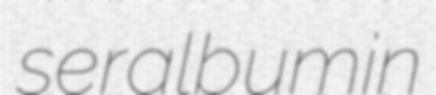
seralbumin